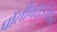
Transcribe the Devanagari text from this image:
पॉलीमराईजेशन